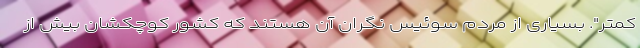
کمتر". بسیاری از مردم سوئیس نگران آن هستند که کشور کوچکشان بیش از